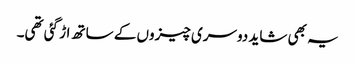
یہ بھی شاید دوسری چیزوں کے ساتھ اڑ گئی تھی۔